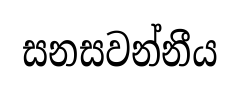
සනසවන්නීය